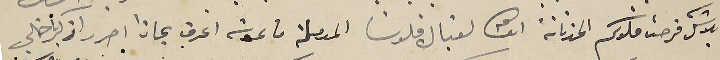
بلا شك فرحت قلوبكم الحزنانة انشالله لقبال قلوبنا المدملة ما عدت اعرف بماذا احرر اذكر يا خالي